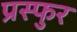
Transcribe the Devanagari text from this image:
प्रस्फुर